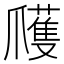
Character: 𭶹